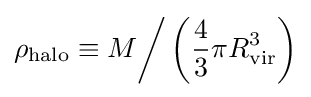
\rho _{\text{halo}}\equiv M{\biggr /}\left({\frac {4}{3}}\pi R_{\text{vir}}^{3}\right)